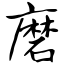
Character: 磨